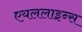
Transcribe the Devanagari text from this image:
एयललाइन्स